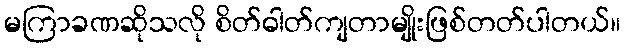
မကြာခဏဆိုသလို စိတ်ဓါတ်ကျတာမျိုးဖြစ်တတ်ပါတယ်။